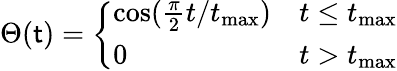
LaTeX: \Theta(\mathsf{t})=\left\{ \begin{array}{ll}{\cos(\frac{\pi}{2}t/t_{\mathrm{max}})}&{t\leq t_{\mathrm{max}}}\\ {0}&{t>t_{\mathrm{max}}}\end{array}\right.